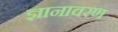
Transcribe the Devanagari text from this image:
ज्ञानावरण